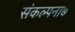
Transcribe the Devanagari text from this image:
संकल्पना७